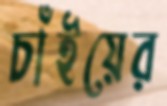
চাঁইয়ের